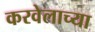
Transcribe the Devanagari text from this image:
करवेलाच्या